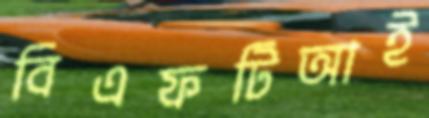
বিএফটিআই